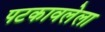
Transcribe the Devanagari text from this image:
पटकावलेला